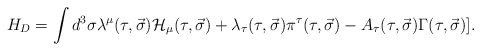
\begin{align*}H_D=\int d^3\sigma \lambda^{\mu}(\tau ,\vec \sigma ){\cal H}_{\mu}(\tau ,\vec \sigma )+\lambda_{\tau}(\tau ,\vec \sigma )\pi^{\tau}(\tau ,\vec \sigma )-A_{\tau}(\tau ,\vec \sigma )\Gamma (\tau ,\vec \sigma )].\end{align*}